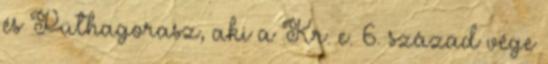
és Püthagorasz, aki a Kr. e. 6. század vége